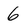
Character: 6